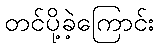
တင်ပို့ခဲ့ကြောင်း